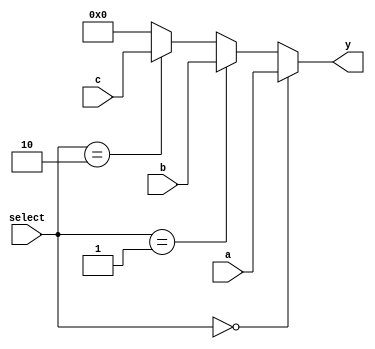
module vector_continuous_assignment (
    input wire [n-1:0] a,          // Input vector signal a
    input wire [n-1:0] b,          // Input vector signal b
    input wire [n-1:0] c,          // Additional input vector signal c
    input wire [1:0] select,       // Selector for multiplexer functionality
    output wire [n-1:0] y          // Output vector signal
);
    parameter n = 8;               // Width of the vector

    // Continuous assignment based on the select signal
    assign y = (select == 2'b00) ? a :    // If select is 00, assign a to y
               (select == 2'b01) ? b :    // If select is 01, assign b to y
               (select == 2'b10) ? c :    // If select is 10, assign c to y
               {n{1'b0}};                 // Default case: assign zero vector

endmodule